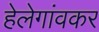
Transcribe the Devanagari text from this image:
हेलेगांवकर